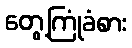
တွေ့ကြုံခံစား